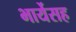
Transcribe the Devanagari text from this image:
भार्येसह